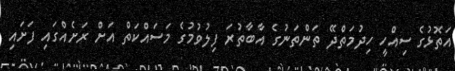
އަތޮޅުގެ ސިއްހީ ހިދުމަތްދޭ ތަންތަނުގެ އާބާތުރަ ފިލުވުމުގެ މަސައްކަތް އަށް ރަށެއްގައި ފަށައި